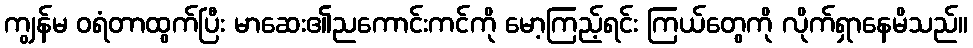
ကျွန်မ ဝရံတာထွက်ပြီး မာဆေး၏ညကောင်းကင်ကို မော့ကြည့်ရင်း ကြယ်တွေကို လိုက်ရှာနေမိသည်။